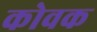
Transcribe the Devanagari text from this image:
कोवक